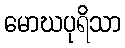
မောဃပုရိသာ